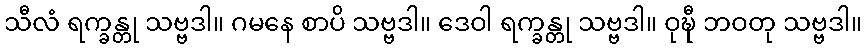
သီလံ ရက္ခန္တု သဗ္ဗဒါ။ ဂမနေ စာပိ သဗ္ဗဒါ။ ဒေဝါ ရက္ခန္တု သဗ္ဗဒါ။ ဝုဍ္ဎီ ဘဝတု သဗ္ဗဒါ။